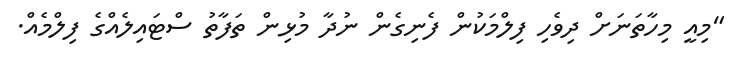
"މިއީ މިހާތަނަށް ދިވެހި ފިލްމަކުން ފެނިގެން ނުދާ މުޅިން ތަފާތު ސްޓައިލެއްގެ ފިލްމެއް.